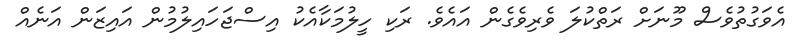
އެވަގުތުވެސް މޫނަށް ރަތްކުލަ ވެރިވެގެން އައެވެ. ރަކި ހީލުމަކާއެކު އިސްޖަހައިލުމުން އައިޒަން އަނެއް